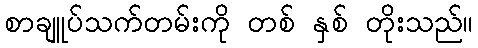
စာချူပ်သက်တမ်းကို တစ် နှစ် တိုးသည်။